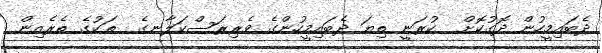
ދެބައިމީހުން ދޮގުކޮށް  ކުރަނީ ތިޔަ ދެބައިމީހުންގެ ވެރިރަސްކަލާނގެ  ތަކުގެ ތެރެއިން